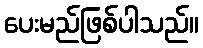
ပေးမည်ဖြစ်ပါသည်။